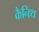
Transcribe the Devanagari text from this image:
कैनिथ